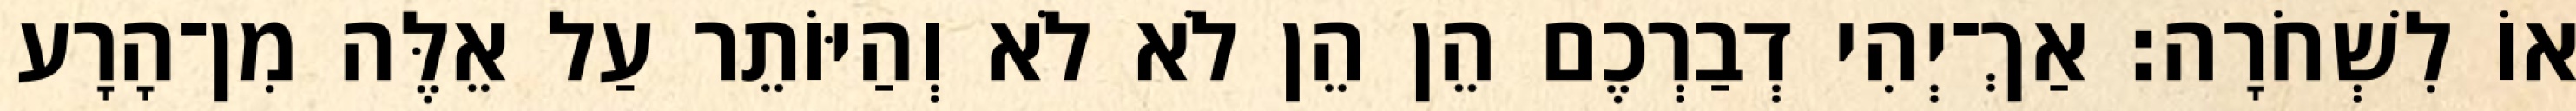
אוֹ לִשְׁחֹרָה׃ אַךְ־יְהִי דְבַרְכֶם הֵן הֵן לֹא לֹא וְהַיּוֹתֵר עַל אֵלֶּה מִן־הָרָע